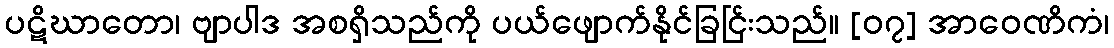
ပဋိဃာတော၊ ဗျာပါဒ အစရှိသည်ကို ပယ်ဖျောက်နိုင်ခြင်ြးသည်။ [၀၇] အာဝေဏိကံ၊